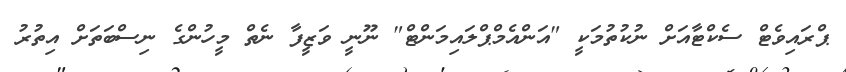
ޕްރައިވެޓް ސެކްޓާއަށް ނުކުތުމަކީ "އަންއެމްޕްލައިމަންޓް" ނޫނީ ވަޒީފާ ނެތް މީހުންގެ ނިސްބަތަށް އިތުރު